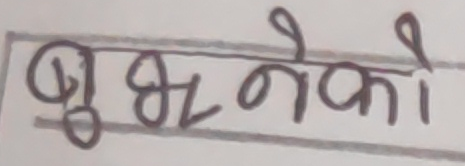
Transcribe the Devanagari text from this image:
बुझ्नेको